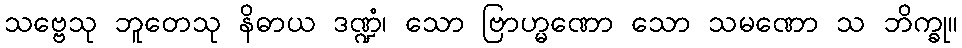
သဗ္ဗေသု ဘူတေသု နိဓာယ ဒဏ္ဍံ၊ သော ဗြာဟ္မဏော သော သမဏော သ ဘိက္ခု။